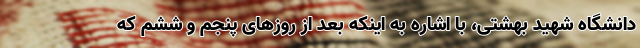
دانشگاه شهید بهشتی، با اشاره به اینکه بعد از روزهای پنجم و ششم که